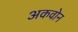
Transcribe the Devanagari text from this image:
अकवोन